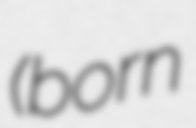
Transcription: (born